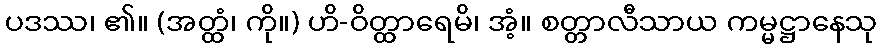
ပဒဿ၊ ၏။ (အတ္ထံ၊ ကို။) ဟိ-ဝိတ္ထာရေမိ၊ အံ့။ စတ္တာလီသာယ ကမ္မဋ္ဌာနေသု